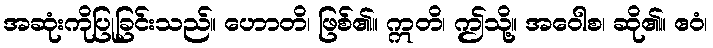
အဆုံးကိုပြုခြင်းသည်။ ဟောတိ၊ ဖြစ်၏။ ဣတိ၊ ဤသို့။ အဝေါစ၊ ဆို၏။ ဧဝံ၊